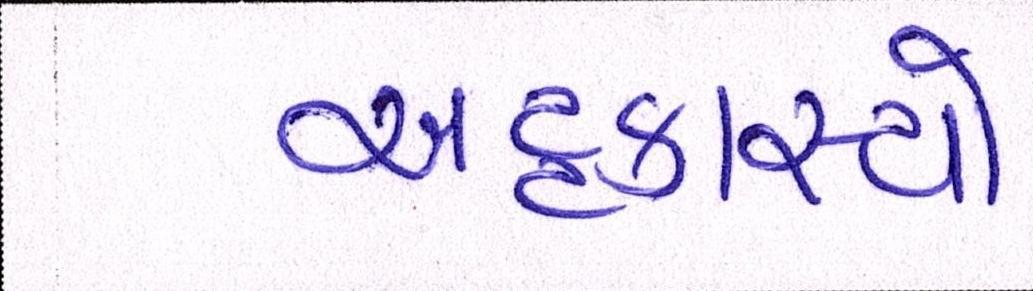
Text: અટ્ટહાસ્યો